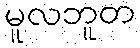
မူလဘူတ